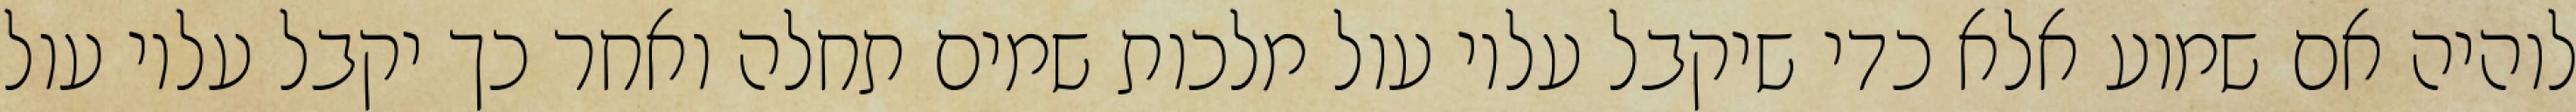
לוהיה אם שמוע אלא כדי שיקבל עליו עול מלכות שמים תחלה ואחר כך יקבל עליו עול